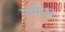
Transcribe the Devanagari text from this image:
प्रामेट्स